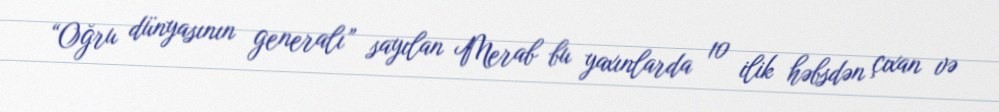
“Oğru dünyasının generalı” sayılan Merab bu yaxınlarda 10 ilik həbsdən çıxan və